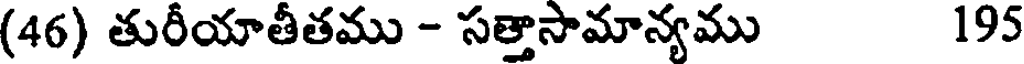
(46) తురీయాతీతము - సత్తాసామాన్యము 195